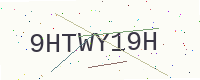
Text: 9HTWY19H